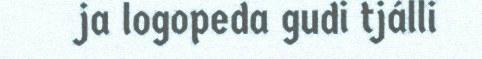
ja logopeda gudi tjálli